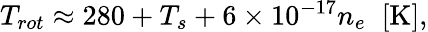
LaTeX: \begin{array}{r}{T_{rot}\approx 280+T_{s}+6\times 10^{-17}n_{e}\; \; \mathrm{[K]},}\end{array}